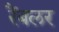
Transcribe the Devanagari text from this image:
रैंबलर